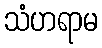
သံဟရာမ